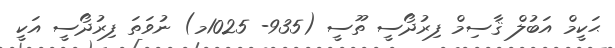
ޙަކީމް އަބުލް ޤާސިމް ފިރުދޯސީ ތޫސީ (935- 1025މ) ނުވަތަ ފިރުދޯސީ އަކީ